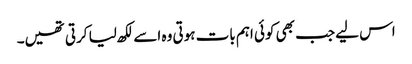
اس لیے جب بھی کوئی اہم بات ہوتی وہ اسے لکھ لیا کرتی تھیں۔